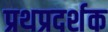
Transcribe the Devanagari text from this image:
प्रथप्रदर्शक